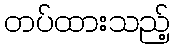
တပ်ထားသည့်